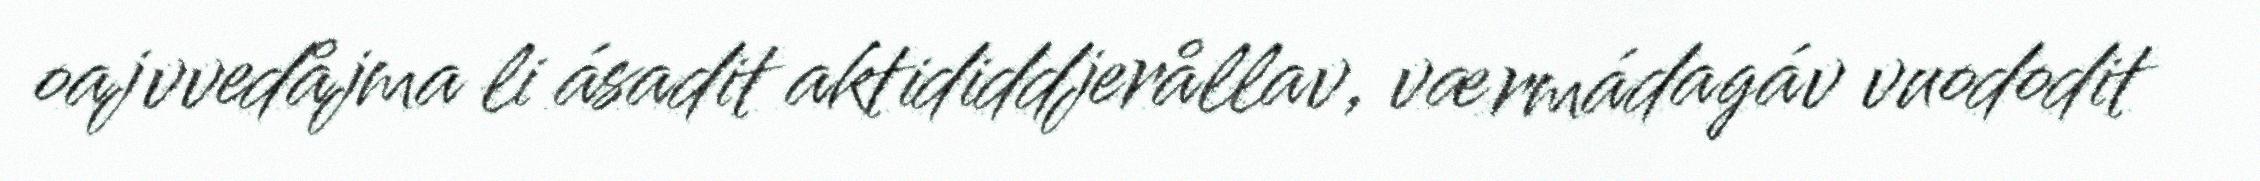
oajvvedåjma li ásadit aktididdjerållav, værmádagáv vuododit